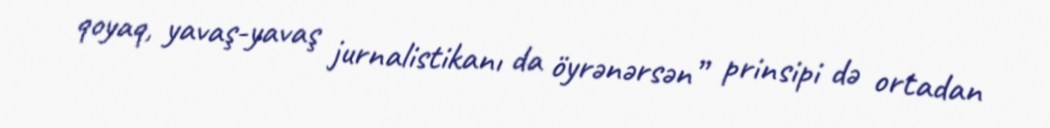
qoyaq, yavaş-yavaş jurnalistikanı da öyrənərsən” prinsipi də ortadan